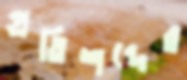
প্রতিশব্দের